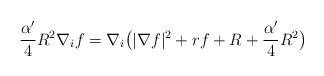
LaTeX: \begin{align*}\frac{\alpha'}{4}R^2\nabla_if=\nabla_i\big(|\nabla f|^2+rf+R+\frac{\alpha'}{4}R^2\big)\end{align*}